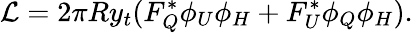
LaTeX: {\cal L}=2\pi Ry_{t}(F_{Q}^{*}\phi_{U}\phi_{H}+F_{U}^{*}\phi_{Q}\phi_{H}).